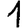
Digit: 1